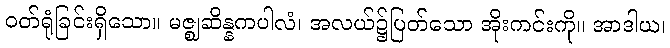
ဝတ်ရုံခြင်းရှိသော။ မဇ္ဈဆိန္နကပါလံ၊ အလယ်၌ပြတ်သော အိုးကင်းကို။ အာဒါယ၊